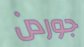
جوردن